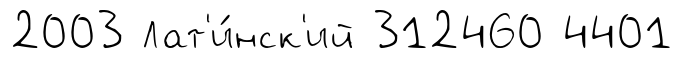
2003 Лат'и́нск'ий 312460 4401